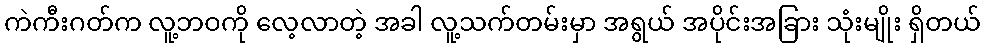
ကဲကီးဂတ်က လူ့ဘဝကို လေ့လာတဲ့ အခါ လူ့သက်တမ်းမှာ အရွယ် အပိုင်းအခြား သုံးမျိုး ရှိတယ်